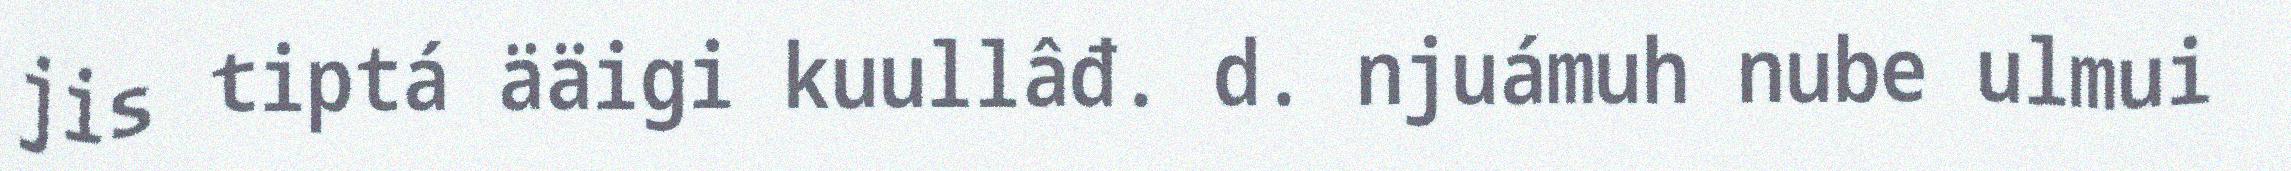
jis tiptá ääigi kuullâđ. d. njuámuh nube ulmui